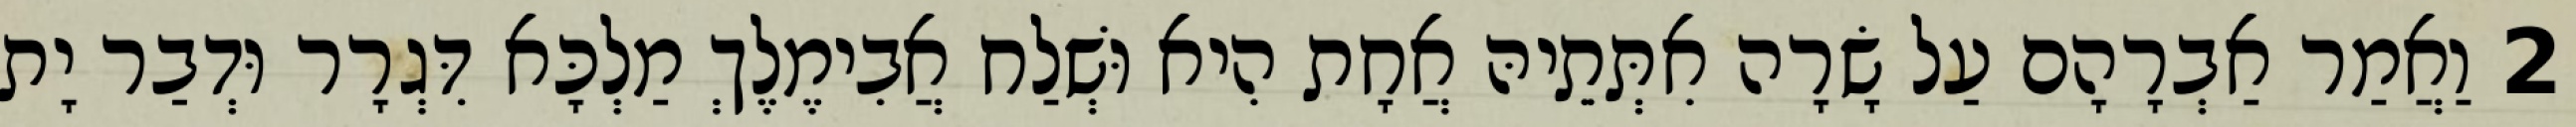
2 וַאֲמַר אַבְרָהָם עַל שָׂרָה אִתְּתֵיהּ אֲחָת הִיא וּשְׁלַח אֲבִימֶלֶךְ מַלְכָּא דִּגְרָר וּדְבַר יָת